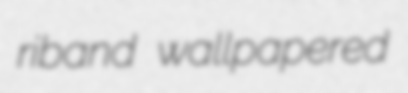
riband wallpapered